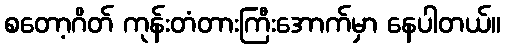
စတော့ဂိတ် ကုန်းတံတားကြီးအောက်မှာ နေပါတယ်။